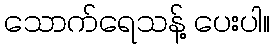
သောက်ရေသန့် ပေးပါ။